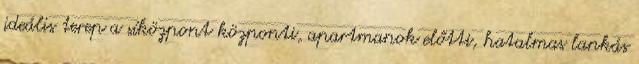
ideális terep a síközpont központi, apartmanok előtti, hatalmas lankás